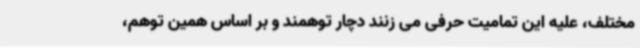
مختلف، علیه این تمامیت حرفی می زنند دچار توهمند و بر اساس همین توهم،